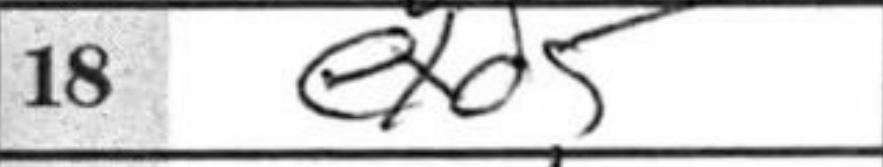
Transcription: exd5